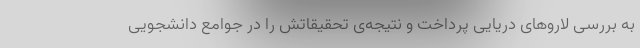
به بررسی لاروهای دریایی پرداخت و نتیجه‌ی تحقیقاتش را در جوامع دانشجویی